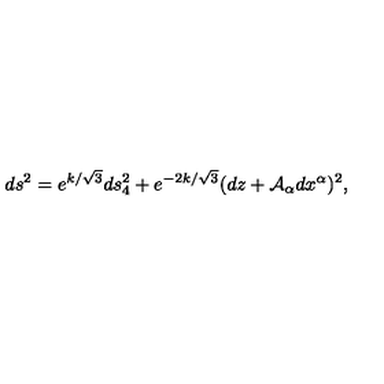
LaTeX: d s ^ { 2 } = e ^ { k / \sqrt { 3 } } d s _ { 4 } ^ { 2 } + e ^ { - 2 k / \sqrt { 3 } } ( d z + { \cal A } _ { \alpha } d x ^ { \alpha } ) ^ { 2 } ,